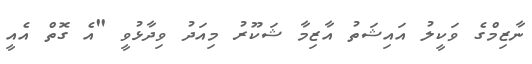
ނާޒިމްގެ ވަކީލު އައިޝަތު އާޒިމާ ޝަކޫރު މިއަދު ވިދާޅުވީ "އެ ގޮތް އެއީ